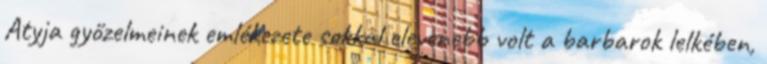
Atyja győzelmeinek emlékezete sokkal elevenebb volt a barbarok lelkében,